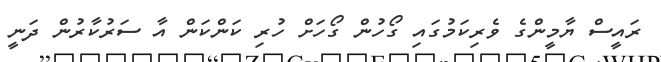
ރައީސް ޔާމީންގެ ވެރިކަމުގައި ގޯހުން ގޯހަށް ހުރި ކަންކަން އާ ސަރުކާރުން ދަނީ